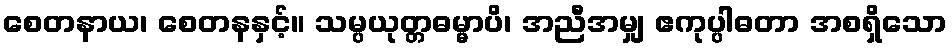
စေတနာယ၊ စေတနနှင့်။ သမ္ပယုတ္တဓမ္မာပိ၊ အညီအမျှ ဧကုပ္ပါဓတာ အစရှိသော